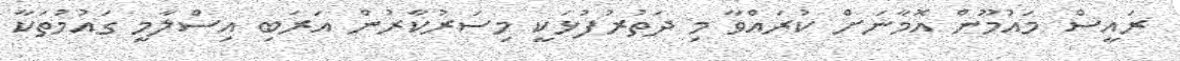
ރައީސް މައުމޫން އޮމާނަށް ކުރައްވާ މި ދަތުރުފުޅަކީ މިސަރުކާރުން އަރަބި އިސްލާމީ ގައުމުތަކާ